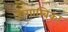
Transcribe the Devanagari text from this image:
गंगाम्बिका